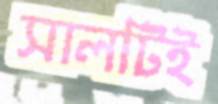
সালটিই